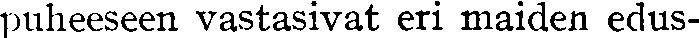
puheeseen vastasivat eri maiden edus-